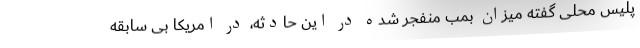
پلیس محلی گفته میزان بمب منفجر شده در این حادثه، در امریکا بی سابقه